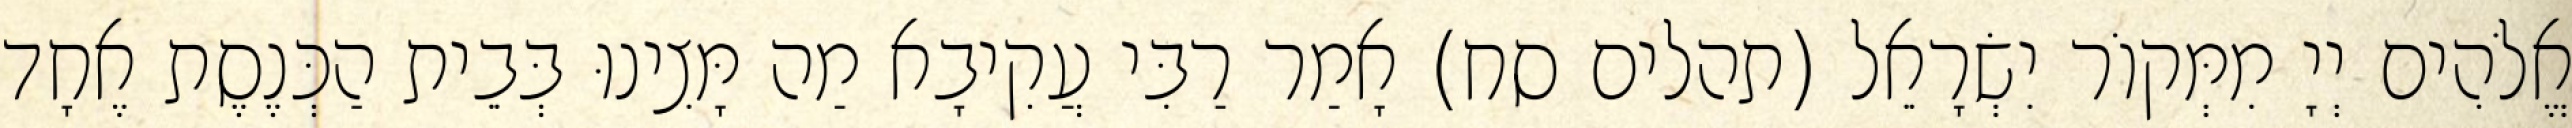
אֱלֹהִים יְיָ מִמְּקוֹר יִשְׂרָאֵל (תהלים סח) אָמַר רַבִּי עֲקִיבָא מַה מָּצִינוּ בְּבֵית הַכְּנֶסֶת אֶחָד